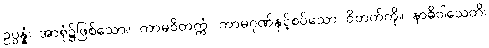
ဥပ္ပန္နံ၊ အာရုံ၌ဖြစ်သော။ ကာမဝိတက္ကံ၊ ကာမဂုဏ်နှင့်စပ်သော ဝိတက်ကို။ နာဓိဝါသေတိ၊